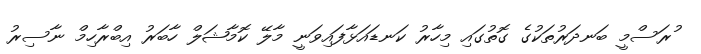
ުރަސްމީ ބަނދަރުތަކުގެ ގޮތުގައި މިހާރު ކަނޑައަޅާފައިވަނީ މާލޭ ކޮމާޝަލް ހާބަރު އިބްރާހިމް ނާސިރު